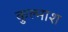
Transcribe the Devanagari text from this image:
कुल्नाश